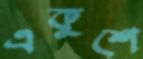
একুশে